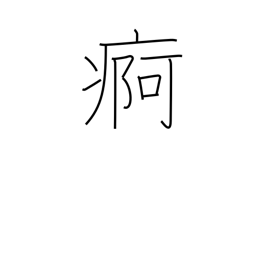
Meaning: chronic illness